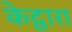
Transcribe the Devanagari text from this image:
केद्वारा